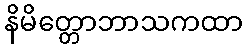
နိမိတ္တောဘာသကထာ